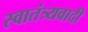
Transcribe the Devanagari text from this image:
स्वातंत्र्यवादी